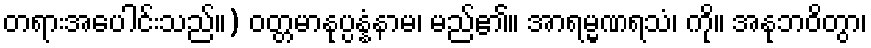
တရားအပေါင်းသည်။) ဝတ္တမာနုပ္ပန္နံနာမ၊ မည်၏။ အာရမ္မဏရသံ၊ ကို။ အနုဘဝိတွာ၊